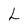
Character: L